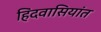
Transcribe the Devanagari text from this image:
हिंदवासियांत